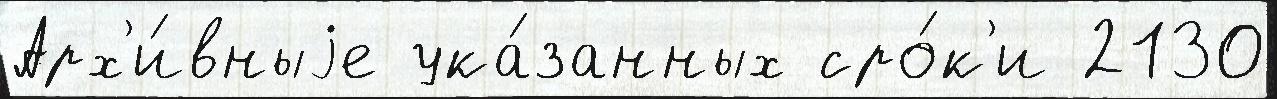
Арх'и́вныjе ука́занных сро́к'и 2130